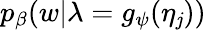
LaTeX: p_{\beta}(w|\lambda=g_{\psi}(\eta_{\mathit{j}}))